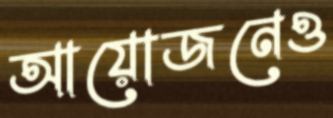
আয়োজনেও